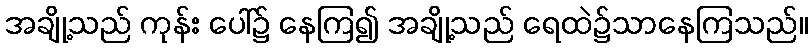
အချို့သည် ကုန်း ပေါ်၌ နေကြ၍ အချို့သည် ရေထဲ၌သာနေကြသည်။